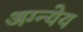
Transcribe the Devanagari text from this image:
अग्न्येय